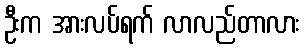
ဦးက အားလပ်ရက် လာလည်တာလား